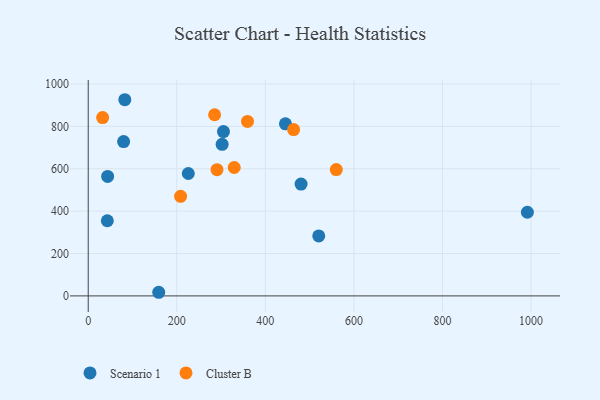
{"axis": {"x": "Price", "y": "Sales"}, "legend": ["Cluster B", "Scenario 1"], "data": [{"x": "79.9", "y": 728.3, "type": "Scenario 1"}, {"x": "302.4", "y": 715.2, "type": "Scenario 1"}, {"x": "520.6", "y": 282.9, "type": "Scenario 1"}, {"x": "480.7", "y": 527.7, "type": "Scenario 1"}, {"x": "43.8", "y": 563.6, "type": "Scenario 1"}, {"x": "82.6", "y": 925.7, "type": "Scenario 1"}, {"x": "226.0", "y": 577.5, "type": "Scenario 1"}, {"x": "159.2", "y": 17.1, "type": "Scenario 1"}, {"x": "305.4", "y": 775.5, "type": "Scenario 1"}, {"x": "445.4", "y": 812.1, "type": "Scenario 1"}, {"x": "991.8", "y": 394.7, "type": "Scenario 1"}, {"x": "43.1", "y": 354.7, "type": "Scenario 1"}, {"x": "290.8", "y": 595.4, "type": "Cluster B"}, {"x": "208.6", "y": 470.1, "type": "Cluster B"}, {"x": "285.4", "y": 854.9, "type": "Cluster B"}, {"x": "329.7", "y": 605.9, "type": "Cluster B"}, {"x": "32.5", "y": 841.6, "type": "Cluster B"}, {"x": "463.8", "y": 784.8, "type": "Cluster B"}, {"x": "359.7", "y": 823.3, "type": "Cluster B"}, {"x": "560.2", "y": 595.9, "type": "Cluster B"}]}